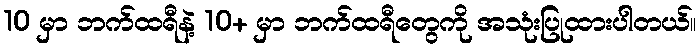
10 မှာ ဘက်ထရီနဲ့ 10+ မှာ ဘက်ထရီတွေကို အသုံးပြုထားပါတယ်။